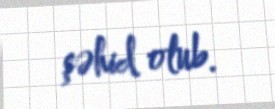
şəhid olub.